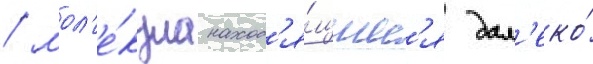
/ мол'е́кула наход'я́щиес'я дал'еко́